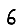
Digit: 6